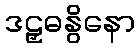
ဒဠှဓနွိနော